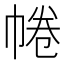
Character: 𢃩